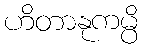
ဟိတာနုကမ္ပိ